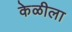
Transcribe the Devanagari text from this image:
केळीला